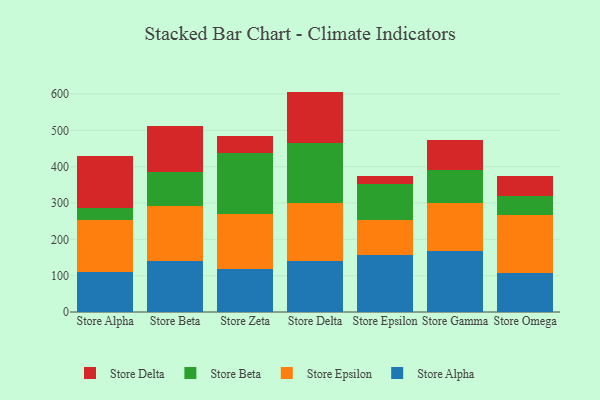
{"axis": {"x": "Store", "y": "Satisfaction Score"}, "legend": ["Store Alpha", "Store Beta", "Store Delta", "Store Epsilon"], "data": [{"x": "Store Alpha", "y": 110.7, "type": "Store Alpha"}, {"x": "Store Alpha", "y": 141.8, "type": "Store Epsilon"}, {"x": "Store Alpha", "y": 35.2, "type": "Store Beta"}, {"x": "Store Alpha", "y": 142.7, "type": "Store Delta"}, {"x": "Store Beta", "y": 140.3, "type": "Store Alpha"}, {"x": "Store Beta", "y": 152.0, "type": "Store Epsilon"}, {"x": "Store Beta", "y": 92.3, "type": "Store Beta"}, {"x": "Store Beta", "y": 127.7, "type": "Store Delta"}, {"x": "Store Zeta", "y": 117.3, "type": "Store Alpha"}, {"x": "Store Zeta", "y": 153.8, "type": "Store Epsilon"}, {"x": "Store Zeta", "y": 167.9, "type": "Store Beta"}, {"x": "Store Zeta", "y": 46.6, "type": "Store Delta"}, {"x": "Store Delta", "y": 141.8, "type": "Store Alpha"}, {"x": "Store Delta", "y": 158.5, "type": "Store Epsilon"}, {"x": "Store Delta", "y": 163.8, "type": "Store Beta"}, {"x": "Store Delta", "y": 142.7, "type": "Store Delta"}, {"x": "Store Epsilon", "y": 156.3, "type": "Store Alpha"}, {"x": "Store Epsilon", "y": 98.1, "type": "Store Epsilon"}, {"x": "Store Epsilon", "y": 97.8, "type": "Store Beta"}, {"x": "Store Epsilon", "y": 22.1, "type": "Store Delta"}, {"x": "Store Gamma", "y": 167.6, "type": "Store Alpha"}, {"x": "Store Gamma", "y": 132.9, "type": "Store Epsilon"}, {"x": "Store Gamma", "y": 90.2, "type": "Store Beta"}, {"x": "Store Gamma", "y": 83.9, "type": "Store Delta"}, {"x": "Store Omega", "y": 106.4, "type": "Store Alpha"}, {"x": "Store Omega", "y": 161.7, "type": "Store Epsilon"}, {"x": "Store Omega", "y": 52.2, "type": "Store Beta"}, {"x": "Store Omega", "y": 52.8, "type": "Store Delta"}]}